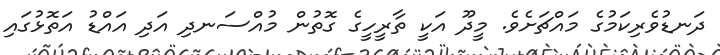
ދަނޑުވެރިކަމުގެ މައްޗަށެވެ. މީދޫ އަކީ ތާރީހީގެ ގޮތުން މުއްސަނދި އަދި އައްޑު އަތޮޅުގައި